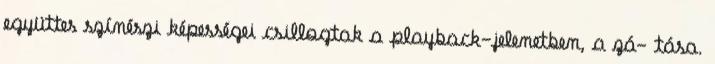
együttes színészi képességei csillogtak a playback-jelenetben, a zá- tása.